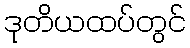
ဒုတိယထပ်တွင်